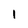
Character: 1